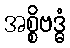
အစ္စိဗဒ္ဓံ